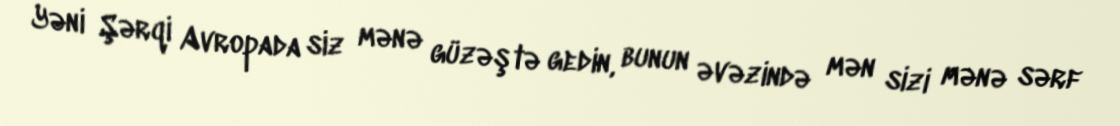
Yəni Şərqi Avropada siz mənə güzəştə gedin, bunun əvəzində mən sizi mənə sərf